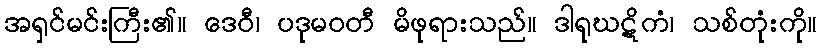
အရှင်မင်းကြီး၏။ ဒေဝီ၊ ပဒုမဝတီ မိဖုရားသည်။ ဒါရုဃဋိကံ၊ သစ်တုံးကို။